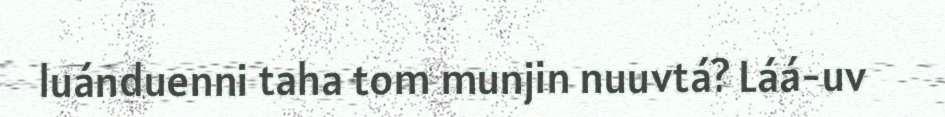
luánduenni taha tom munjin nuuvtá? Láá-uv